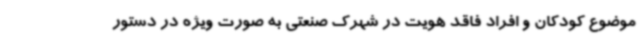
موضوع کودکان و افراد فاقد هویت در شهرک صنعتی به صورت ویژه در دستور